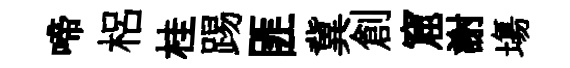
啼梠桂踢匪冀創窟謝塲